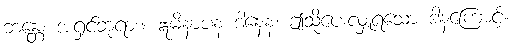
ဘန္တေ၊ အရှင်ဘုရား။ ဣမိနာပန ဒါနေန၊ ဤသို့ပေးလှူရသော ဒါနကြောင့်။